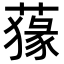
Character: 𦺛